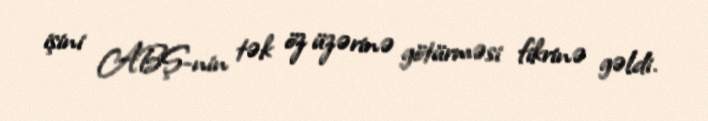
işini ABŞ-nin tək öz üzərinə götürməsi fikrinə gəldi.